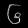
Digit: ၆